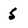
Character: 5